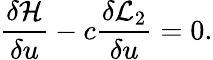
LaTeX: \frac{\delta\mathcal{H}}{\delta u}-c\frac{\delta\mathcal{L}_{2}}{\delta u}=0.